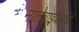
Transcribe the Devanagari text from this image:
नातेवाईकांचे